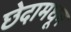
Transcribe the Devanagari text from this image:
छेदामधून